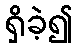
ရှိခဲ့၍